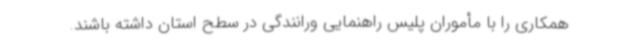
همکاری را با مأموران پلیس راهنمایی ورانندگی در سطح استان داشته باشند.